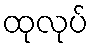
ထုလုပ်